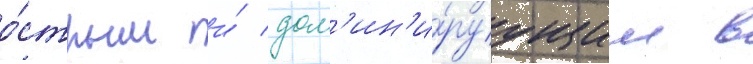
о́стрым и́ дом'ин'и́руущим в